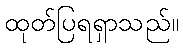
ထုတ်ပြရရှာသည်။